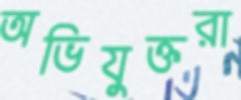
অভিযুক্তরা